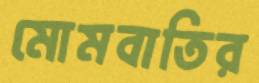
মোমবাতির